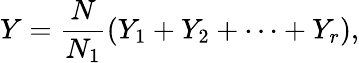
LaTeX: Y={\frac{N}{N_{1}}}(Y_{1}+Y_{2}+\cdots+Y_{r}),